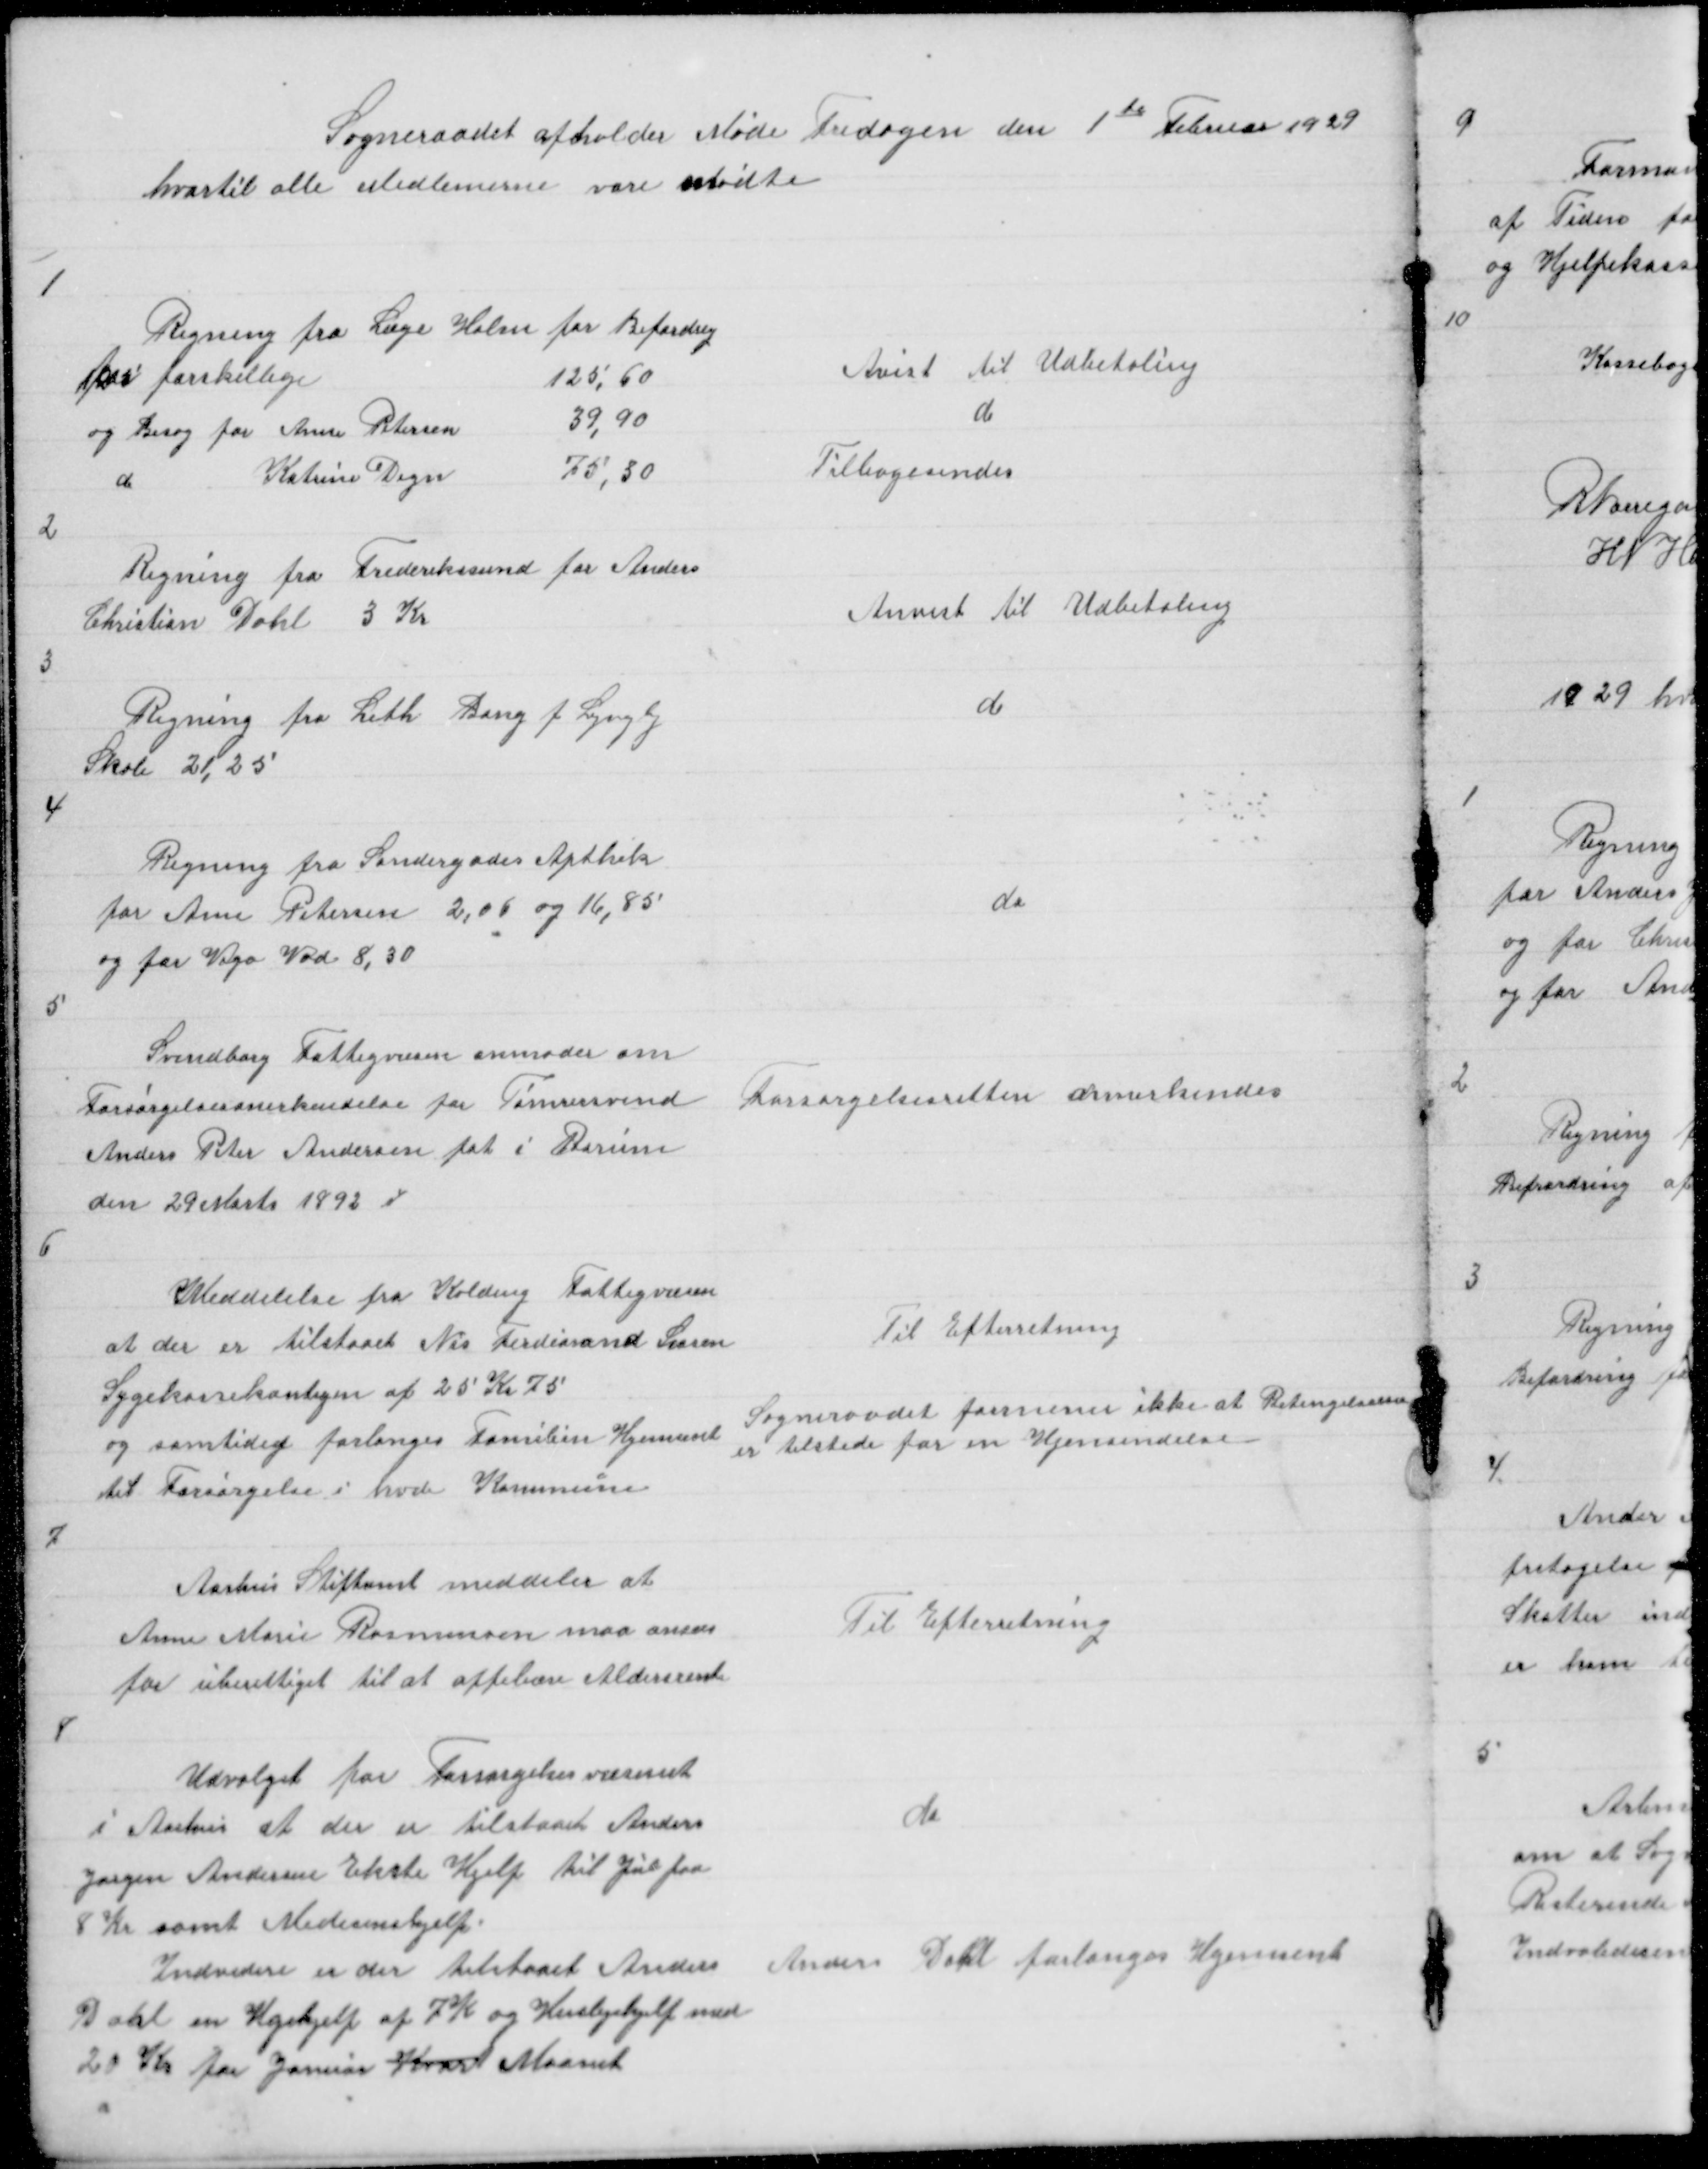
Transskription:
Sogneraadet afholder Møde Fredagen den 1 te Februar 1929
hvortil alle Medlemerne vare mødte

1

Regning fra Læge Holm for Befordring
for forskellige
125.60
og Besøg for Anne Petersen
39,90
d
Katrine Degn
75,50

Avist til Udbetaling
do
Tilbagesendes

2

Regning fra Frederiksund for Anders
Christian Dahl 3 Kr

Anvist til Udbetaling

3

Regning fra Leth Bang f Lyngby
Skole 21,25

do

4

Regning fra Søndergades Apthek
for Anne Petersen 2,06 og 16,85
og for Vigo Vad 8,30

do

5

Svendborg Fattigvæsen anmoder om
Forsørgelsesanerkendelse for Tømrersvend
Anders Peter Andersen føt i Borum
den 29 Marts 1892

Forsørgelsesretten annerkendes

6

Meddelelse fra Kolding Fattigvæsen
at der er tilstaaet Nis Ferdinand Larsen
Sygekassekontigen 25 Kr 75
og samtidig forlanges Familien Hjemsent
til Forsørgelse i hvde Kommune

Til Efterretning
Sogneraadet formener ikke at Betingelserne
er tilstede for en Hjemsendelse

7

Aarhus Stiftamt meddeler at
Anne Marie Rasmussen maa anses
for uberettiget til at oppebære Aldersrente

Til Efterretning

8

Udvalget for Forsørgelsesvæsenet
i Aarhus at der er tilstaaet Anders
Jørgen Andersen Ekste Hjelp til Jul paa
8 Kr samt Medisinshjelp
Indvidere er der tilstaaet Anders
Dahl en Ugehjelp af 7 Kr og Huslejehjelp med
20 Kr for Januar Kvart Maanet

do

Anders Dahl forlanges Hjemsent